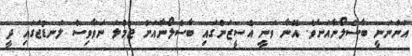
އަންނަނީ ބާސެލޯނާއަށެވެ. އޭނާ ވަނީ އެސީޒަންގައި ބާސެލޯނާއަށް ޖުމްލަ ނަވާވިސް ލަނޑުޖަގައި ދީ